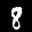
Label: 8